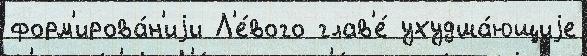
форм'ирова́н'иjи Л'е́вого глав'е́ ухудша́ющиjе